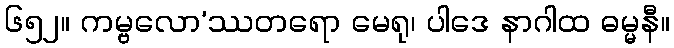
၆၅၂။ ကမ္ဗလော’ဿတရော မေရု၊ ပါဒေ နာဂါထ ဓမ္မနီ။